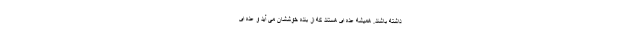
داشته باشند. همیشه عده ای هستند که از بنده خوششان می آید و عده ای